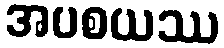
အပစယဿ